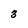
Character: 3